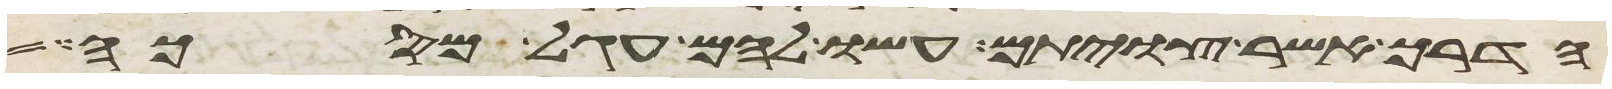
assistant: הדרך אשר צויתם עשו להם עגל מסכה